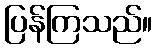
ပြန်ကြသည်။